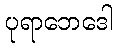
ပုရာဘေဒေါ